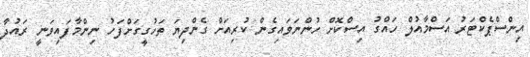
އިންސްޕެކްޓަރު އަސްމާއުލް ހައްގު އިސްކޮށް ހުންނަވައިގެން ކުރިއަށް ގެންދިޔަ ތަހުގީގަށްފަހު ނިންމާފައިވަނީ ރައުދާ